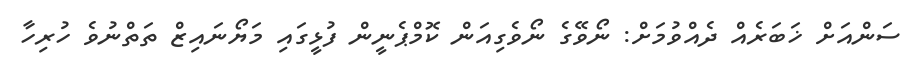
ސަންއަށް ޚަބަރެއް ދެއްވުމަށް: ނޯވޭގެ ނޯވެގިއަން ކޮމްޕެނީން ފުޅީގައި މަޔޯނައިޒް ތަތްނުވެ ހުރިހާ